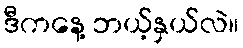
ဒီကနေ့ ဘယ့်နှယ်လဲ။